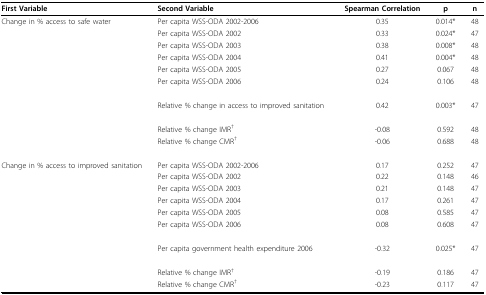
<table><thead><tr><td><b>First Variable</b></td><td><b>Second Variable</b></td><td><b>Spearman Correlation</b></td><td><b>p</b></td><td><b>n</b></td></tr></thead><tbody><tr><td>Change in % access to safe water</td><td>Per capita WSS-ODA 2002-2006</td><td>0.35</td><td>0.014*</td><td>48</td></tr><tr><td></td><td>Per capita WSS-ODA 2002</td><td>0.33</td><td>0.024*</td><td>47</td></tr><tr><td></td><td>Per capita WSS-ODA 2003</td><td>0.38</td><td>0.008*</td><td>48</td></tr><tr><td></td><td>Per capita WSS-ODA 2004</td><td>0.41</td><td>0.004*</td><td>48</td></tr><tr><td></td><td>Per capita WSS-ODA 2005</td><td>0.27</td><td>0.067</td><td>48</td></tr><tr><td></td><td>Per capita WSS-ODA 2006</td><td>0.24</td><td>0.106</td><td>48</td></tr><tr><td></td><td>Relative % change in access to improved sanitation</td><td>0.42</td><td>0.003*</td><td>47</td></tr><tr><td></td><td>Relative % change IMR<sup>†</sup></td><td>-0.08</td><td>0.592</td><td>48</td></tr><tr><td></td><td>Relative % change CMR<sup>†</sup></td><td>-0.06</td><td>0.688</td><td>48</td></tr><tr><td>Change in % access to improved sanitation</td><td>Per capita WSS-ODA 2002-2006</td><td>0.17</td><td>0.252</td><td>47</td></tr><tr><td></td><td>Per capita WSS-ODA 2002</td><td>0.22</td><td>0.148</td><td>46</td></tr><tr><td></td><td>Per capita WSS-ODA 2003</td><td>0.21</td><td>0.148</td><td>47</td></tr><tr><td></td><td>Per capita WSS-ODA 2004</td><td>0.17</td><td>0.261</td><td>47</td></tr><tr><td></td><td>Per capita WSS-ODA 2005</td><td>0.08</td><td>0.585</td><td>47</td></tr><tr><td></td><td>Per capita WSS-ODA 2006</td><td>0.08</td><td>0.608</td><td>47</td></tr><tr><td></td><td>Per capita government health expenditure 2006</td><td>-0.32</td><td>0.025*</td><td>47</td></tr><tr><td></td><td>Relative % change IMR<sup>†</sup></td><td>-0.19</td><td>0.186</td><td>47</td></tr><tr><td></td><td>Relative % change CMR<sup>†</sup></td><td>-0.23</td><td>0.117</td><td>47</td></tr></tbody></table>